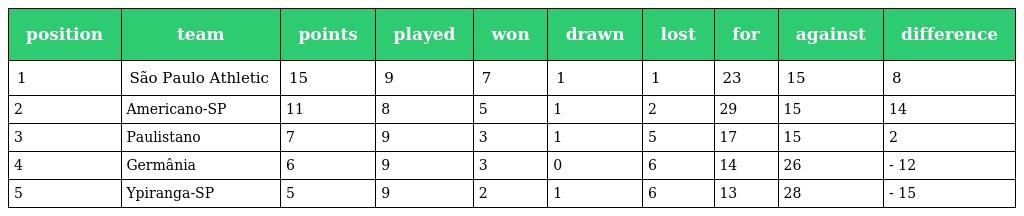
| position | team | points | played | won | drawn | lost | for | against | difference |
 | --- | --- | --- | --- | --- | --- | --- | --- | --- | --- |
 | 1 | São Paulo Athletic | 15 | 9 | 7 | 1 | 1 | 23 | 15 | 8 |
 | 2 | Americano-SP | 11 | 8 | 5 | 1 | 2 | 29 | 15 | 14 |
 | 3 | Paulistano | 7 | 9 | 3 | 1 | 5 | 17 | 15 | 2 |
 | 4 | Germânia | 6 | 9 | 3 | 0 | 6 | 14 | 26 | - 12 |
 | 5 | Ypiranga-SP | 5 | 9 | 2 | 1 | 6 | 13 | 28 | - 15 |